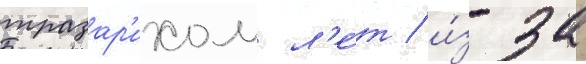
тразар'ихом л'е́т / и́з-за